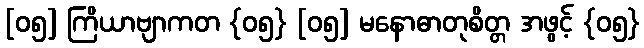
[၀၅] ကြိယာဗျာကတ {၀၅} [၀၅] မနောဓာတုစိတ္တ အဖွင့် {၀၅}